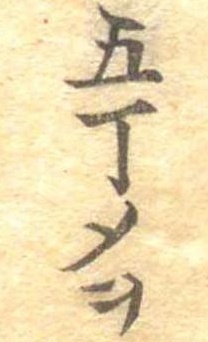
五丁メヲ